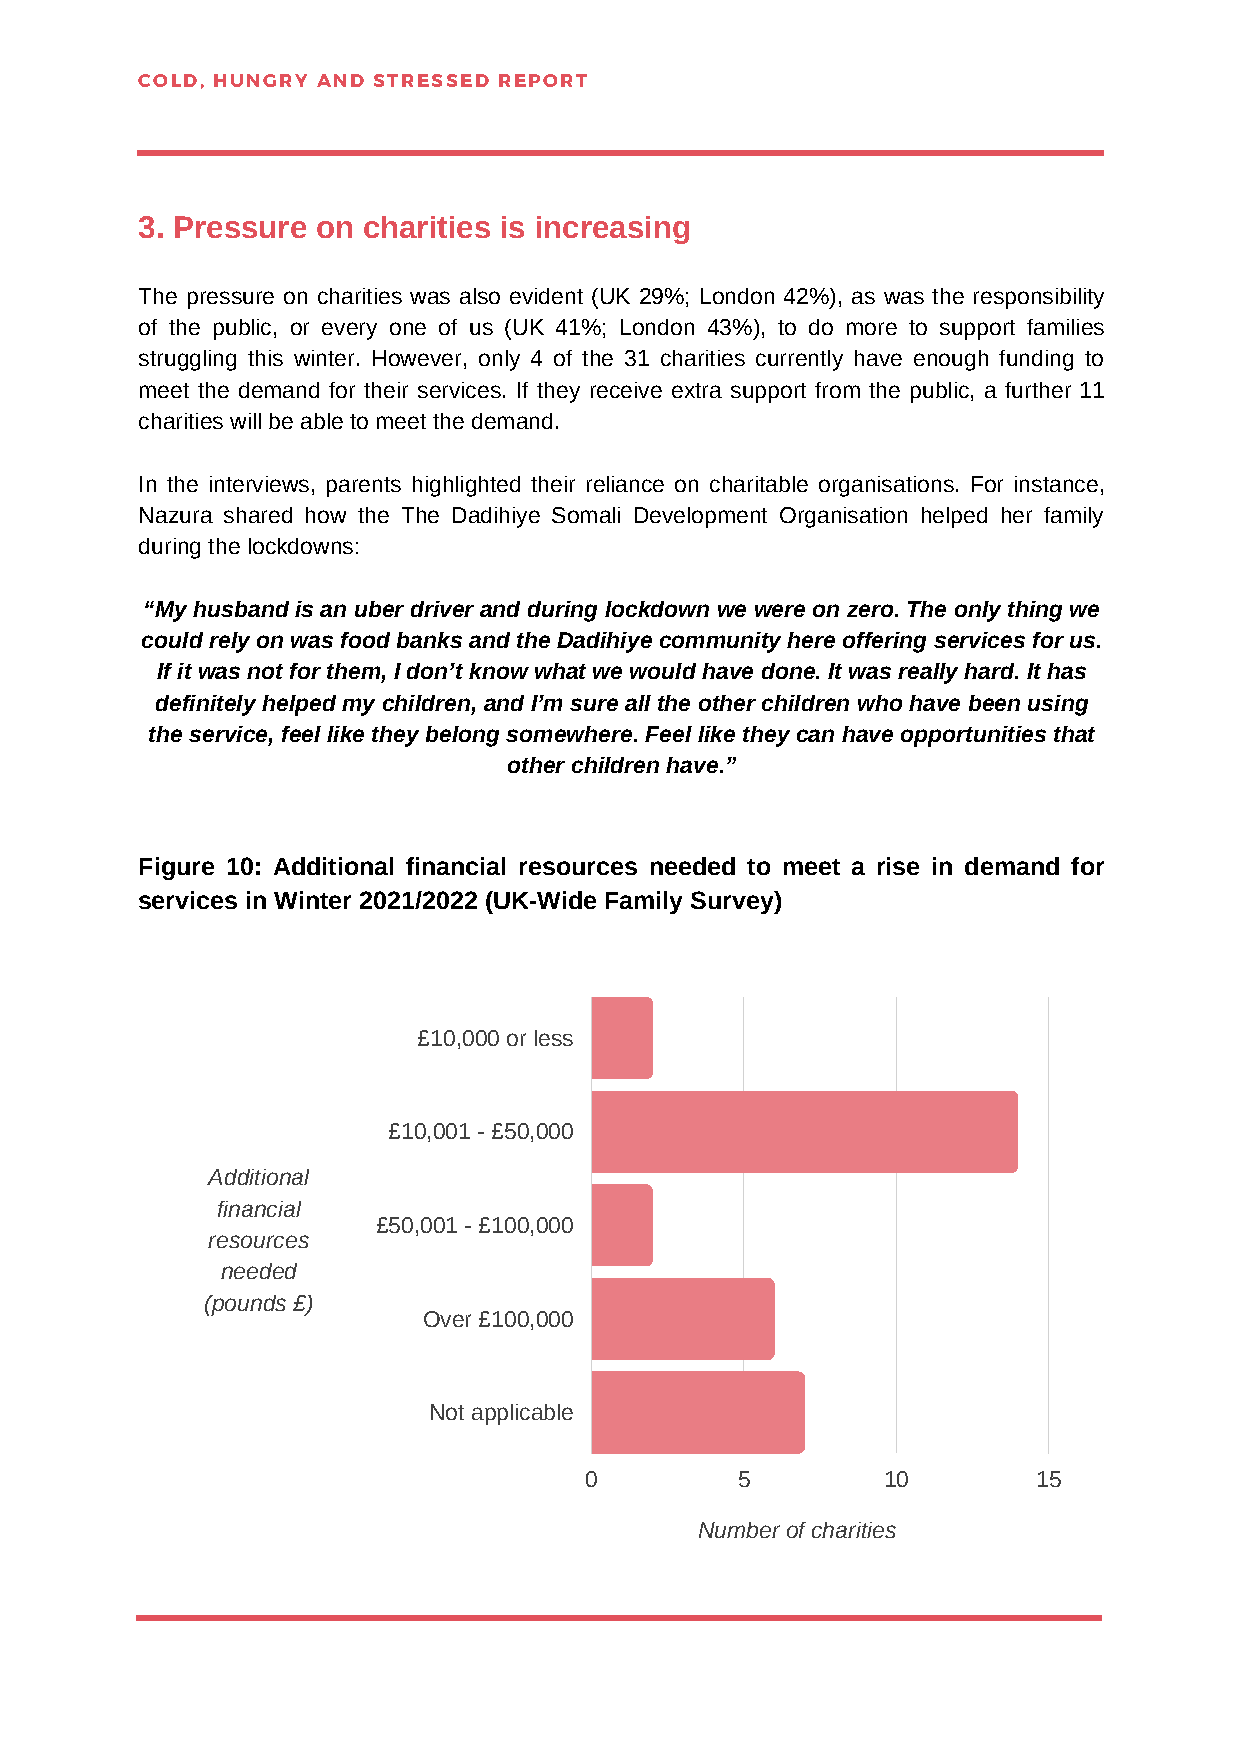
COLD, HUNGRY AND STRESSED REPORT
 3. Pressure on charities is increasing
 The pressure on charities was also evident (UK 29%; London 42%), as was the responsibility
 of the public, or every one of us (UK 41%; London 43%), to do more to support families
 struggling this winter. However, only 4 of the 31 charities currently have enough funding to
 meet the demand for their services. If they receive extra support from the public, a further 11
 charities will be able to meet the demand.
 In the interviews, parents highlighted their reliance on charitable organisations. For instance,
 Nazura shared how the The Dadihiye Somali Development Organisation helped her family
 during the lockdowns:
 “My husband is an uber driver and during lockdown we were on zero. The only thing we
 could rely on was food banks and the Dadihiye community here offering services for us.
 If it was not for them, I don’t know what we would have done. It was really hard. It has
 definitely helped my children, and I’m sure all the other children who have been using
 the service, feel like they belong somewhere. Feel like they can have opportunities that
 other children have.”
 Figure 10: Additional financial resources needed to meet a rise in demand for
 services in Winter 2021/2022 (UK-Wide Family Survey)
 £10,000 or less
 £10,001 - £50,000
 Additional
 financial
 £50,001 - £100,000
 resources
 needed
 (pounds £)
 Over £100,000
 Not applicable
 0         5        10         15
 Number of charities